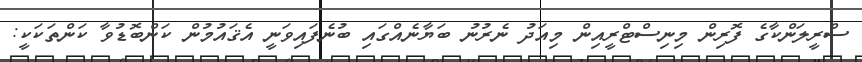
ސްރީލަންކާގެ ފޮރިން މިނިސްޓްރީއިން މިއަދު ނެރުނު ބަޔާނެއްގައި ބުނެފައިވަނީ އެޤައުމުން ކަންބޮޑުވާ ކަންތަކަކީ: